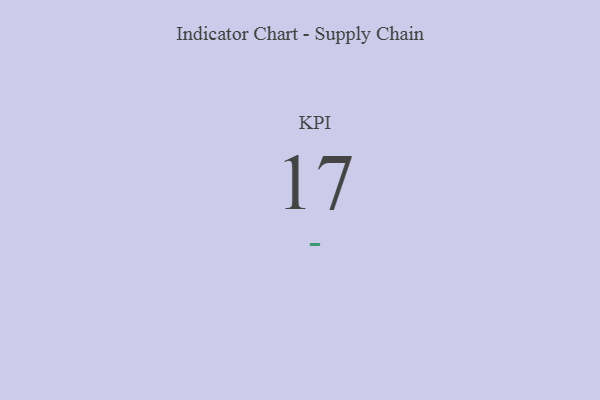
{"axis": {"x": "KPI", "y": "Value"}, "legend": [""], "data": [{"x": "KPI", "y": 17, "type": ""}]}